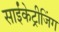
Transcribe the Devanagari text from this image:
साईंकेट्रीजिंग